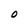
Character: O